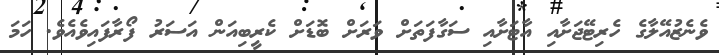
ވެނެޒުއޭލާގެ ހެރިޓޭޖަށާއި އާޓަށާއި ސަގާފަތަށް ވަރަށް ބޮޑަށް ކެރީބިއަން އަސަރު ފޯރާފައިވެއެވެ. ހަމަ